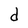
Character: d